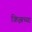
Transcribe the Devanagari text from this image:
क्रिझच्या